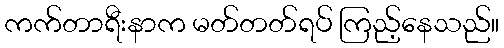
ကက်တာရီးနာက မတ်တတ်ရပ် ကြည့်နေသည်။